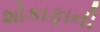
શોકાફાની